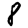
Digit: 8